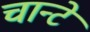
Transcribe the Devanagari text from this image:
चान्टे